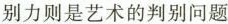
别力则是艺术的判别问题